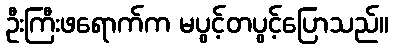
ဦးကြီးဖရောက်က မပွင့်တပွင့်ပြောသည်။